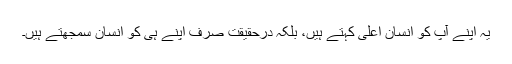
یہ اپنے آپ کو انسان اعلیٰ کہتے ہیں، بلکہ درحقیقت صرف اپنے ہی کو انسان سمجھتے ہیں۔